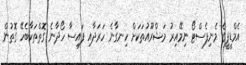
އެމްޑީޕީގެ މެނިފެސްޓޯ ނިމޭއިރު މަޝްރޫއުތަކަށް ހިނގާނެ ހަރަދާއި ފައިސާ ހޯދާނެ ގޮތްތަކާބެހޭ ގޮތުން